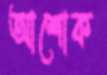
আশোক